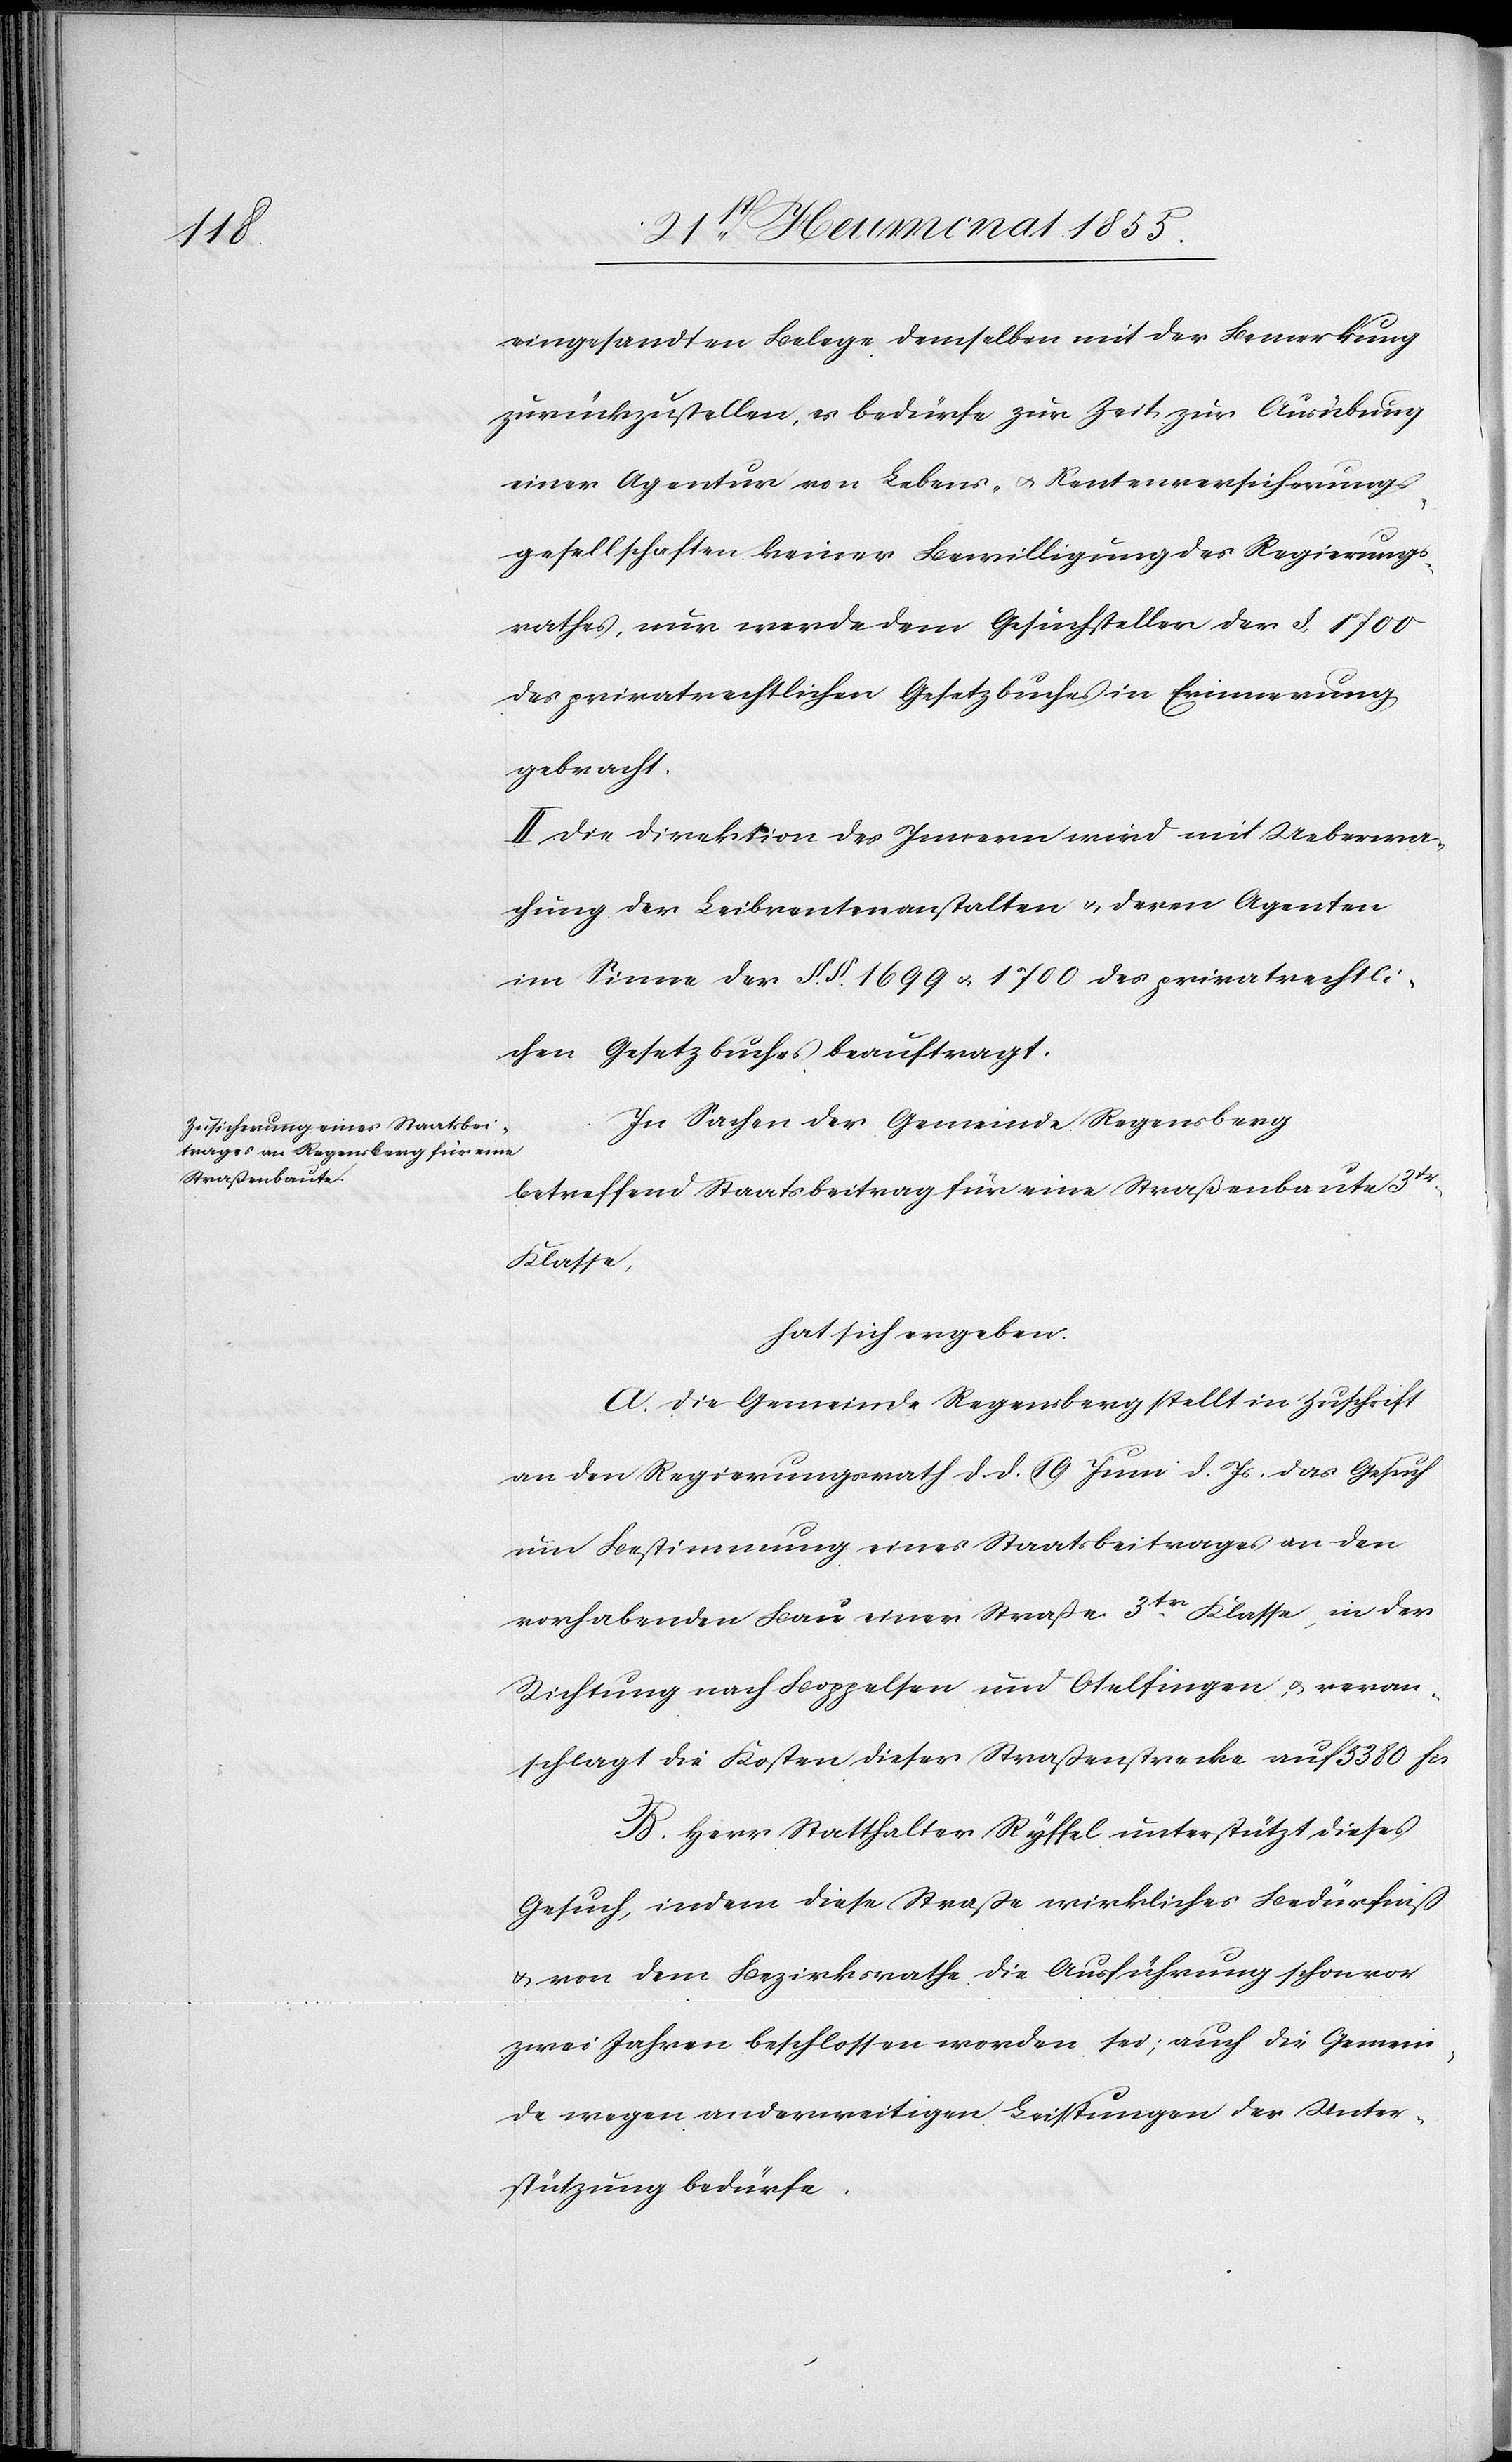
eingesandten Belege demselben mit der Bemerkung
zurückzustellen, es bedürfe zur Zeit zur Ausübung
einer Agentur von Lebens- & Rentenversicherungs¬
gesellschaften keiner Bewilligung des Regierungs¬
rathes, nur werde dem Gesuchsteller der §. 1700
des privatrechtlichen Gesetzbuches in Erinnerung
gebracht.
II. Die Direktion des Innern wird mit Ueberwa¬
chung der Leibrentenanstalten & deren Agenten
im Sinne der §.§. 1699 & 1700 des privatrechtli¬
chen Gesetzbuches beauftragt.
In Sachen der Gemeinde Regensberg
betreffend Staatsbeitrag für eine Straßenbaute 3tr.
Klasse,
hat sich ergeben:
A. Die Gemeinde Regensberg stellt in Zuschrift
an den Regierungsrath d. d. 19 Juni d. Js. das Gesuch
um Bestimmung eines Staatsbeitrages an den
vorhabenden Bau einer Straße 3tr. Klasse, in der
Richtung nach Boppelsen und Otelfingen, & veran¬
schlagt die Kosten dieser Straßenstrecke auf 5380 Fcs.
B. Herr Statthalter Ryffel unterstützt dieses
Gesuch, indem diese Straße wirkliches Bedürfniß
& von dem Bezirksrathe die Ausführung schon vor
zwei Jahren beschlossen worden sei; auch die Gemein¬
de wegen anderweitigen Leistungen der Unter¬
stützung bedürfe.